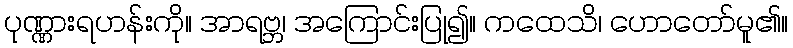
ပုဏ္ဏားရဟန်းကို။ အာရဗ္ဘ၊ အကြောင်းပြု၍။ ကထေသိ၊ ဟောတော်မူ၏။